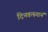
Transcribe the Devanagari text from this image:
दिनवत्स्नानं